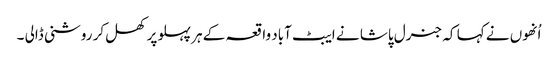
اُنھوں نے کہا کہ جنرل پاشا نے ایبٹ آباد واقعہ کے ہر پہلو پر کھل کر روشنی ڈالی ۔